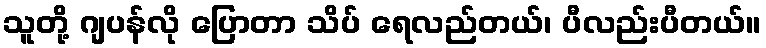
သူတို့ ဂျပန်လို ပြောတာ သိပ် ရေလည်တယ်၊ ပီလည်းပီတယ်။